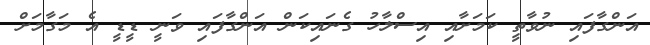
އަންގާފައި ނުވާތީ ކަމަށާއި އިސްލާހު ގެނައިކަން އަންގާފައި ވަނީ ޑީޑީ އެ މަގާމަށް